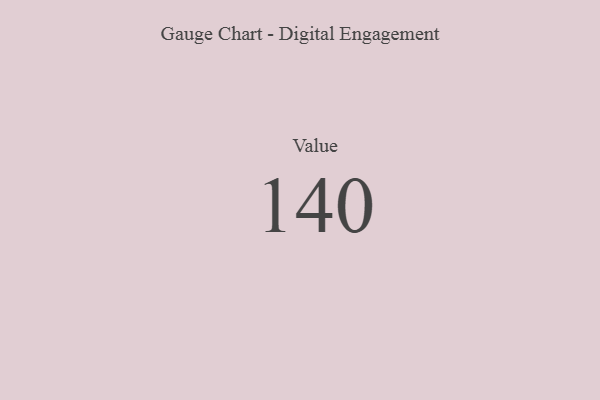
{"axis": {"x": "Metric", "y": "Value"}, "legend": [""], "data": [{"x": "Value", "y": 140, "type": ""}]}